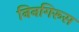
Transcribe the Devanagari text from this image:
निनगिरूस